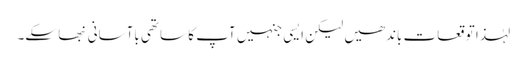
لہٰذا توقعات باندھیں لیکن ایسی جنہیں آپ کا ساتھی باآسانی نبھا سکے۔